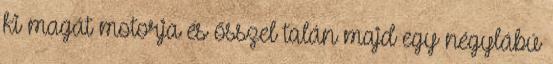
ki magát motorja és ősszel talán majd egy négylábú